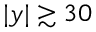
| y | \gtrsim 3 0